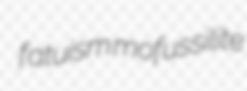
fatuism mofussilite